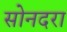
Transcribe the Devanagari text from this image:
सोनदरा